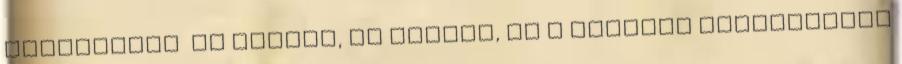
fanfiction Az utazás, az idegen, és a fogadás Tizenötödik